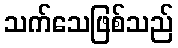
သက်သေဖြစ်သည်